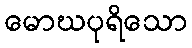
မောဃပုရိသော